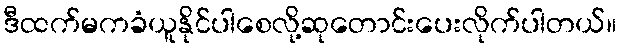
ဒီထက်မကခံယူနိုင်ပါစေလို့ဆုတောင်းပေးလိုက်ပါတယ်။